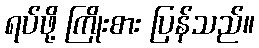
ရပ်ဖို့ ကြိုးစား ပြန်သည်။